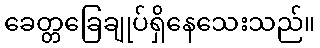
ခေတ္တခြေချုပ်ရှိနေသေးသည်။